Annual report of the Prince of Wales Medical College, Patna
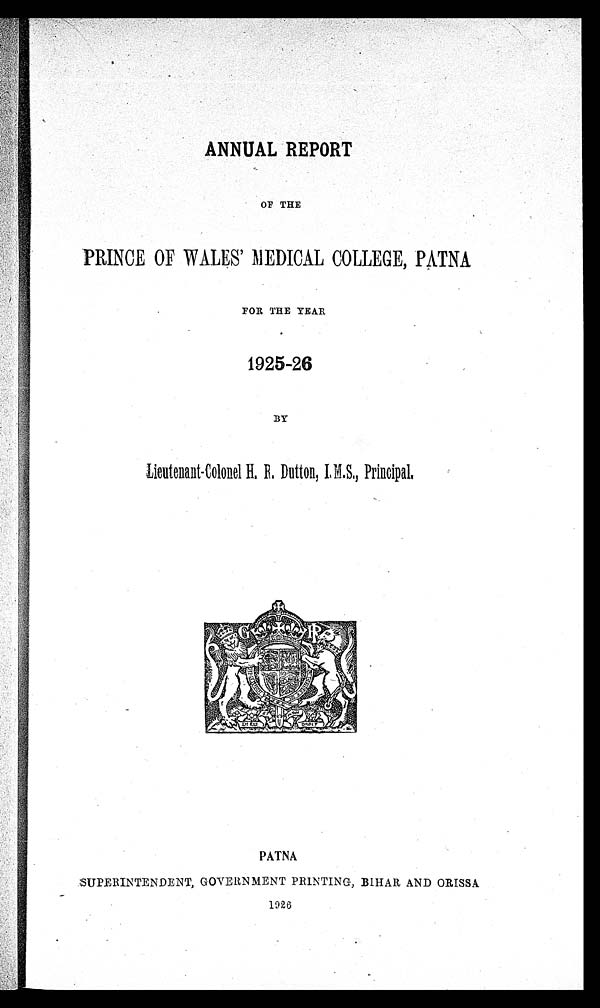
ANNUAL REPORT
OF THE
PRINCE OF WALES' MEDICAL COLLEGE, PATNA
FOR THE YEAR
1925-26
BY
Lieutenant-Colonel H, R Dutton, I.M.S., Principal.
PATNA
SUPERINTENDENT, GOVERNMENT PRINTING, BIHAR AND ORISSA
1926